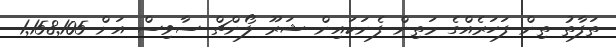
ތަފާތު ތިން ފަހަރެއްގެ މަތިން ފެނަކައިން ޝަރޫ ލޯންޗް ސާވިސް އަށް 1